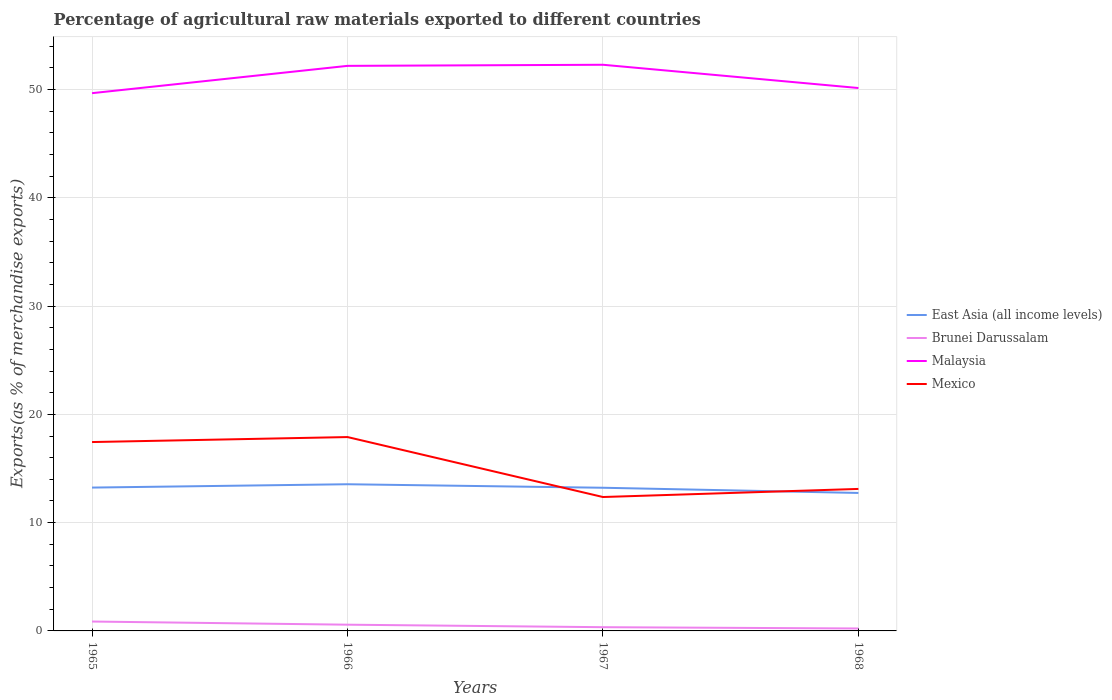
| Years | East Asia (all income levels) | Brunei Darussalam | Malaysia | Mexico |
 | --- | --- | --- | --- | --- |
 | 1965 | 13.2 | 0.867 | 49.7 | 17.4 |
 | 1966 | 13.5 | 0.576 | 52.2 | 17.9 |
 | 1967 | 13.2 | 0.345 | 52.3 | 12.4 |
 | 1968 | 12.7 | 0.226 | 50.1 | 13.1 |